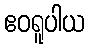
ဧဝရူပါယ